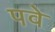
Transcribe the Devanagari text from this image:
पवे